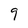
Character: 9